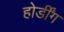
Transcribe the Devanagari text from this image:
होर्डींग